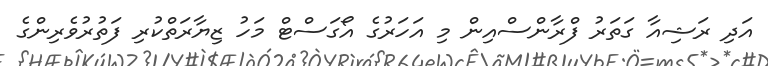
އަދި ރަޝިއާ ގަތަރު ފްރާންސްއިން މި އަހަރުގެ އޯގަސްޓް މަހު ޒިޔާރަތްކުރި ފަތުރުވެރިންގެ